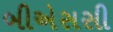
બીએસસી